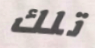
تلك